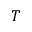
T